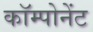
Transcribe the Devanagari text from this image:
काॅम्पोनेंट